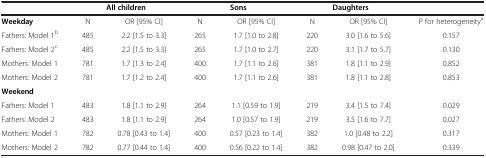
|  | <COLSPAN=2> All children | <COLSPAN=2> Sons | <COLSPAN=2> Daughters |  |
 | --- | --- | --- | --- | --- | --- | --- | --- |
 | Weekday | N | OR [95% CI] | N | OR [95% CI] | N | OR [95% CI] | P for heterogeneitya |
 | Fathers: Model 1b | 485 | 2.2 [1.5 to 3.3] | 265 | 1.7 [1.0 to 2.8] | 220 | 3.0 [1.6 to 5.6] | 0.157 |
 | Fathers: Model 2c | 485 | 2.2 [1.5 to 3.3] | 265 | 1.7 [1.0 to 2.7] | 220 | 3.1 [1.7 to 5.7] | 0.130 |
 | Mothers: Model 1 | 781 | 1.7 [1.3 to 2.4] | 400 | 1.7 [1.1 to 2.6] | 381 | 1.8 [1.1 to 2.9] | 0.852 |
 | Mothers: Model 2 | 781 | 1.7 [1.2 to 2.4] | 400 | 1.7 [1.1 to 2.6] | 381 | 1.8 [1.1 to 2.8] | 0.853 |
 | Weekend |  |  |  |  |  |  |  |
 | Fathers: Model 1 | 483 | 1.8 [1.1 to 2.9] | 264 | 1.1 [0.59 to 1.9] | 219 | 3.4 [1.5 to 7.4] | 0.029 |
 | Fathers: Model 2 | 483 | 1.8 [1.1 to 2.9] | 264 | 1.0 [0.57 to 1.9] | 219 | 3.5 [1.6 to 7.7] | 0.027 |
 | Mothers: Model 1 | 782 | 0.78 [0.43 to 1.4] | 400 | 0.57 [0.23 to 1.4] | 382 | 1.0 [0.48 to 2.2] | 0.317 |
 | Mothers: Model 2 | 782 | 0.77 [0.44 to 1.4] | 400 | 0.56 [0.22 to 1.4] | 382 | 0.98 [0.47 to 2.0] | 0.339 |